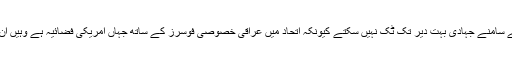
لیکن مضبوط اتحادی فورسز کے سامنے جہادی بہت دیر تک ٹک نہیں سکتے کیونکہ اتحاد میں عراقی خصوصی فوسرز کے ساتھ جہاں امریکی فضائیہ ہے وہیں ان کے ساتھ سیاسی عزم بھی ہے۔